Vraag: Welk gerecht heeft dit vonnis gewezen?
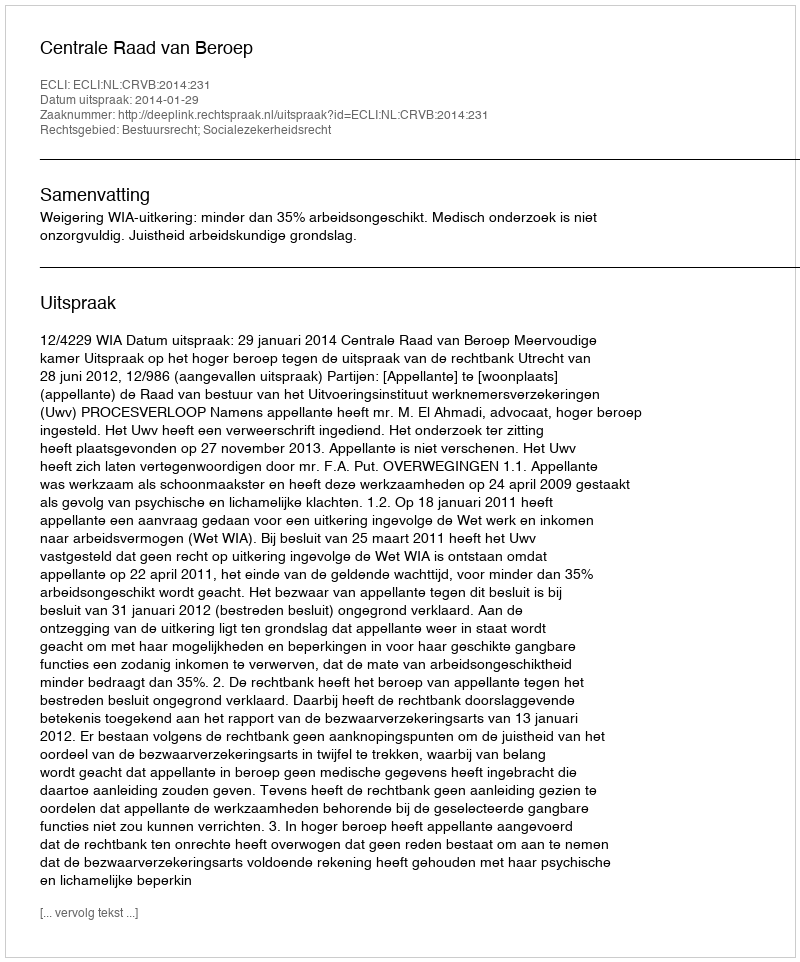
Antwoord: Centrale Raad van Beroep